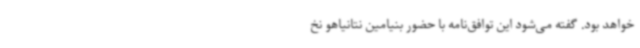
خواهد بود. گفته می‌شود این توافق‌نامه با حضور بنیامین نتانیاهو نخ